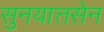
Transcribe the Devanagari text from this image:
सुनयात्तसेन